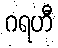
ဂရဟီ